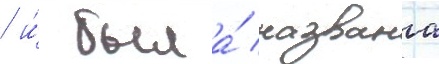
/ и́ была́ названа